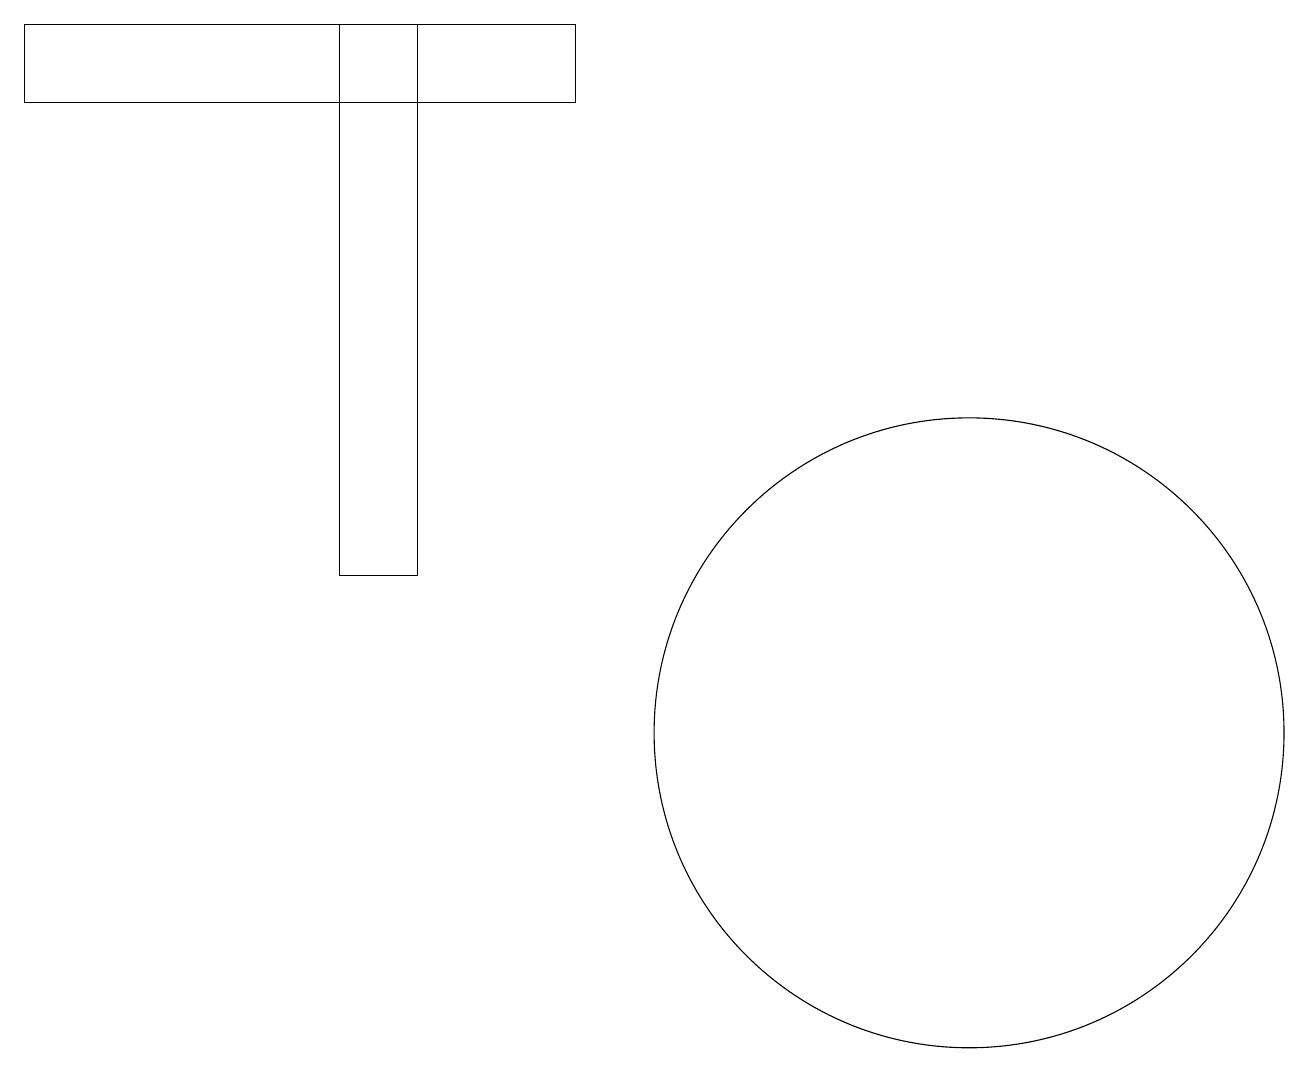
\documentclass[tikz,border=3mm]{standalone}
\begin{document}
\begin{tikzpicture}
\draw (0,19) rectangle (7,18);
\draw (5,19) rectangle (4,12);
\draw (12,10) circle (4);
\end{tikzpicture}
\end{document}